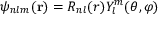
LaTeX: \psi _ { n l m } ( \mathbf { r } ) = R _ { n l } ( r ) Y _ { l } ^ { m } ( \theta , \varphi )